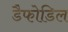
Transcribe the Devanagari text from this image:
डैफोडिल